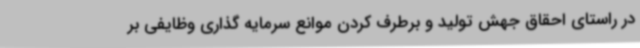
در راستای احقاق جهش تولید و برطرف کردن موانع سرمایه گذاری وظایفی بر